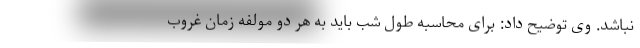
نباشد. وی توضیح داد: برای محاسبه طول شب باید به هر دو مولفه زمان غروب